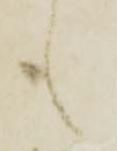
も